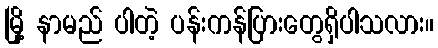
မြို့ နာမည် ပါတဲ့ ပန်းကန်ပြားတွေရှိပါသလား။